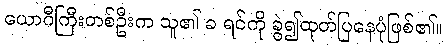
ယောဂီကြီးတစ်ဦးက သူ၏ ခ ရင်ကို ခွဲ၍ထုတ်ပြနေပုံဖြစ်၏။